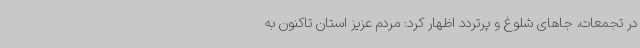
در تجمعات، جاهای شلوغ و پرتردد اظهار کرد: مردم عزیز استان تاکنون به